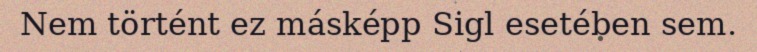
Nem történt ez másképp Sigl esetében sem.